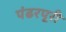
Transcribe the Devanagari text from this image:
पंढरपूरी